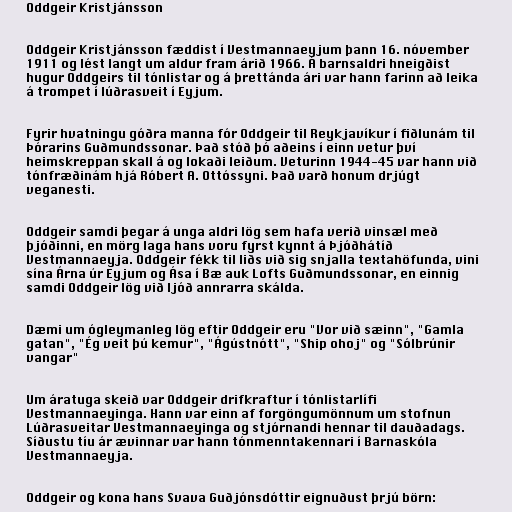
Oddgeir Kristjánsson

Oddgeir Kristjánsson fæddist í Vestmannaeyjum þann 16. nóvember
1911 og lést langt um aldur fram árið 1966. Á barnsaldri hneigðist
hugur Oddgeirs til tónlistar og á þrettánda ári var hann farinn að leika
á trompet í lúðrasveit í Eyjum.

Fyrir hvatningu góðra manna fór Oddgeir til Reykjavíkur í fiðlunám til
Þórarins Guðmundssonar. Það stóð þó aðeins í einn vetur því
heimskreppan skall á og lokaði leiðum. Veturinn 1944-45 var hann við
tónfræðinám hjá Róbert A. Ottóssyni. Það varð honum drjúgt
veganesti.

Oddgeir samdi þegar á unga aldri lög sem hafa verið vinsæl með
þjóðinni, en mörg laga hans voru fyrst kynnt á Þjóðhátíð
Vestmannaeyja. Oddgeir fékk til liðs við sig snjalla textahöfunda, vini
sína Árna úr Eyjum og Ása í Bæ auk Lofts Guðmundssonar, en einnig
samdi Oddgeir lög við ljóð annrarra skálda.

Dæmi um ógleymanleg lög eftir Oddgeir eru "Vor við sæinn", "Gamla
gatan", "Ég veit þú kemur", "Ágústnótt", "Ship ohoj" og "Sólbrúnir
vangar"

Um áratuga skeið var Oddgeir drifkraftur í tónlistarlífi
Vestmannaeyinga. Hann var einn af forgöngumönnum um stofnun
Lúðrasveitar Vestmannaeyinga og stjórnandi hennar til dauðadags.
Síðustu tíu ár ævinnar var hann tónmenntakennari í Barnaskóla
Vestmannaeyja.

Oddgeir og kona hans Svava Guðjónsdóttir eignuðust þrjú börn: